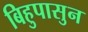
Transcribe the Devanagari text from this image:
बिहुपासुन